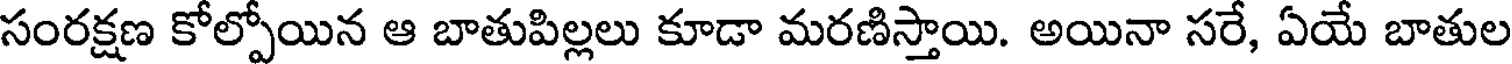
సంరక్షణ కోల్పోయిన ఆ బాతుపిల్లలు కూడా మరణిస్తాయి. అయినా సరే, ఏయే బాతుల